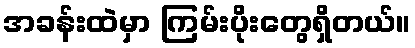
အခန်းထဲမှာ ကြမ်းပိုးတွေရှိတယ်။